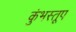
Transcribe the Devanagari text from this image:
कुंभस्तूप